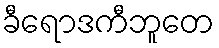
ခီရောဒကီဘူတေ